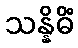
သန္နိဓိံ